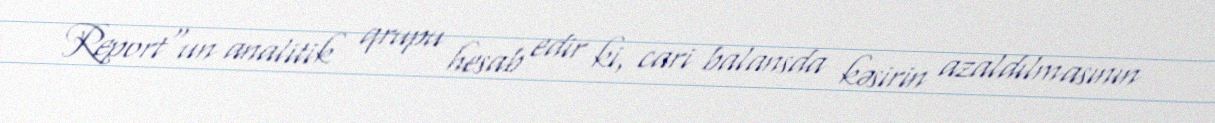
Report"un analitik qrupu hesab edir ki, cari balansda kəsirin azaldılmasının